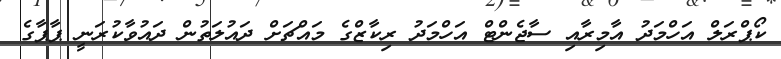
ކޯޕްރަލް އަހްމަދު އާމިރާއި ސާޖެންޓް އަހްމަދު ރިކާޒްގެ މައްޗަށް ދައުލަތުން ދައުވާކުރަނީ ޕާޕާގެ